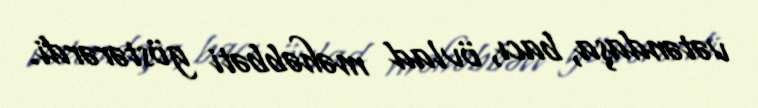
vətəndaşa, bacı, övlad məhəbbəti göstərərdi.